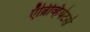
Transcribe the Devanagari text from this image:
ऍब्रिव्हियेटर्स